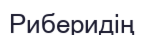
Риберидің